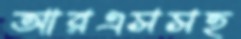
আরএসসহ